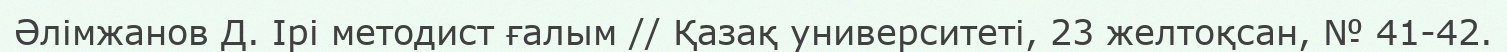
Әлімжанов Д. Ірі методист ғалым // Қазақ университеті, 23 желтоқсан, № 41-42.